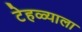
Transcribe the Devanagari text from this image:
टेहळ्याला